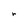
Character: r